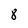
Character: 8